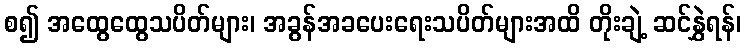
စ၍ အထွေထွေသပိတ်များ၊ အခွန်အခပေးရေးသပိတ်များအထိ တိုးချဲ့ ဆင်နွှဲရန်၊